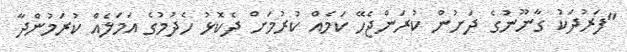
"ފަރުދަކު ގާނޫނުގެ ދަށުން ކުރަންޖެހޭ ކަމެއް ކުރުމަށް ދެކޮޅު ހެދުމުގެ އަމަލެއް ކުރަމުންދާ